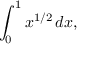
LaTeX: \int _ { 0 } ^ { 1 } x ^ { 1 / 2 } \, d x ,